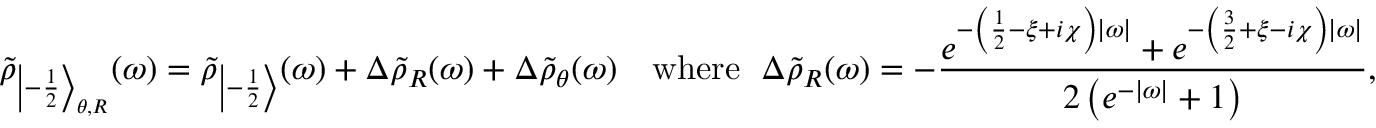
\tilde { \rho } _ { { \left| - \frac 1 2 \right\rangle } _ { \theta , R } } ( \omega ) = \tilde { \rho } _ { \left| - \frac 1 2 \right\rangle } ( \omega ) + \Delta \tilde { \rho } _ { R } ( \omega ) + \Delta \tilde { \rho } _ { \theta } ( \omega ) \quad \mathrm { w h e r e } ~ \; \Delta \tilde { \rho } _ { R } ( \omega ) = - \frac { e ^ { - \left( \frac { 1 } { 2 } - \xi + i \chi \right) | \omega | } + e ^ { - \left( \frac { 3 } { 2 } + \xi - i \chi \right) | \omega | } } { 2 \left( e ^ { - | \omega | } + 1 \right) } ,